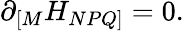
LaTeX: \partial_{[M}H_{NPQ]}=0.